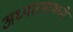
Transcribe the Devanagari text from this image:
अध्यात्मामध्ये